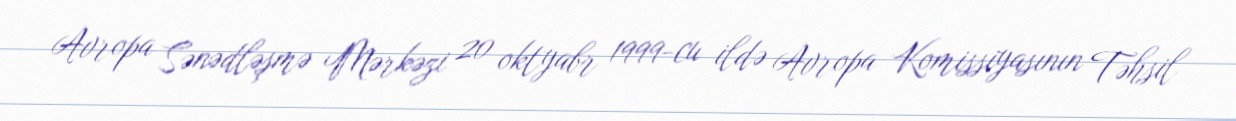
Avropa Sənədləşmə Mərkəzi 20 oktyabr 1999-cu ildə Avropa Komissiyasının Təhsil